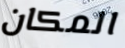
المكان